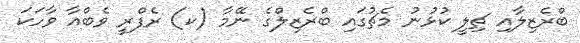
ބްރެޒިލާއި ޗިލީ ކުޅުނު މެޗުގައި ބްރެޒިލްގެ ނޭމާ (ކ) ރެފްރީ ވެބްއާ ވާހަކަ